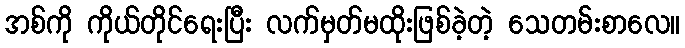
အစ်ကို ကိုယ်တိုင်ရေးပြီး လက်မှတ်မထိုးဖြစ်ခဲ့တဲ့ သေတမ်းစာလေ။